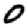
Digit: 0